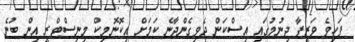
ފަހިވެ ވަޒީފާ ދިނުމުގައި އިސްކަން ދެވިގެންދާނެ ކަމަށް އިކޮނޮމިކް މިނިސްޓްރީ އިން ބުނެ